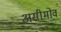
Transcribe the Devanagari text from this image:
असीमोव